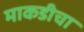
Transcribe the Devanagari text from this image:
माकडीचा